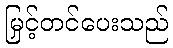
မြှင့်တင်ပေးသည်